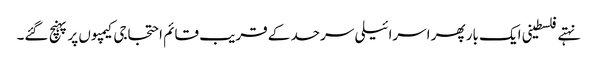
نہتے فلسطینی ایک بار پھر اسرائیلی سرحد کے قریب قائم احتجاجی کیمپوں پر پہنچ گئے۔